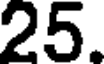
25.